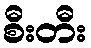
စီးတီး